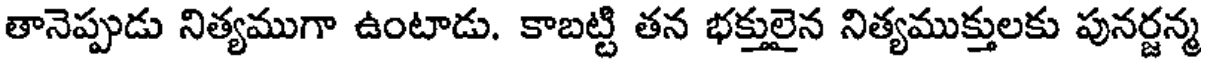
తానెప్పుడు నిత్యముగా ఉంటాడు. కాబట్టి తన భక్తులైన నిత్యముక్తులకు పునర్జన్మ